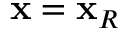
\mathbf { x } = \mathbf { x } _ { R }